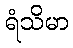
ရံသိမာ